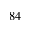
^ { 8 4 }